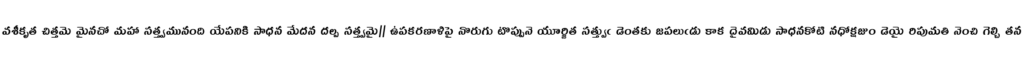
వశీకృత చిత్తమె మైనచో మహా సత్త్వమునంది యేపనికి సాధన మేదన దల్ప సత్త్వమై|| ఉపకరణాళిపై నొరుగు టొప్పునె యూర్జిత సత్త్వుఁ డెంతకు జపలుఁడు కాక దైవమిడు సాధనకోటి నధోక్షజుం డెయై రిపుమతి నెంచి గెల్చి తన